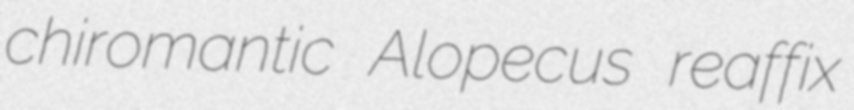
chiromantic Alopecus reaffix